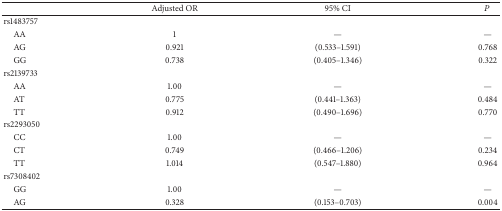
<table><thead><tr><td><b> </b></td><td><b>Adjusted OR</b></td><td><b>95% CI</b></td><td><b><i>P</i></b></td></tr></thead><tbody><tr><td>rs1483757</td><td> </td><td> </td><td> </td></tr><tr><td> AA</td><td>1</td><td>—</td><td>—</td></tr><tr><td> AG</td><td>0.921</td><td>(0.533–1.591)</td><td>0.768</td></tr><tr><td> GG</td><td>0.738</td><td>(0.405–1.346)</td><td>0.322</td></tr><tr><td>rs2139733</td><td> </td><td> </td><td> </td></tr><tr><td> AA</td><td>1.00</td><td>—</td><td>—</td></tr><tr><td> AT</td><td>0.775</td><td>(0.441–1.363)</td><td>0.484</td></tr><tr><td> TT</td><td>0.912</td><td>(0.490–1.696)</td><td>0.770</td></tr><tr><td>rs2293050</td><td> </td><td> </td><td> </td></tr><tr><td> CC</td><td>1.00</td><td>—</td><td>—</td></tr><tr><td> CT</td><td>0.749</td><td>(0.466–1.206)</td><td>0.234</td></tr><tr><td> TT</td><td>1.014</td><td>(0.547–1.880)</td><td>0.964</td></tr><tr><td>rs7308402</td><td> </td><td> </td><td> </td></tr><tr><td> GG</td><td>1.00</td><td>—</td><td>—</td></tr><tr><td> AG</td><td>0.328</td><td>(0.153–0.703)</td><td>0.004</td></tr></tbody></table>